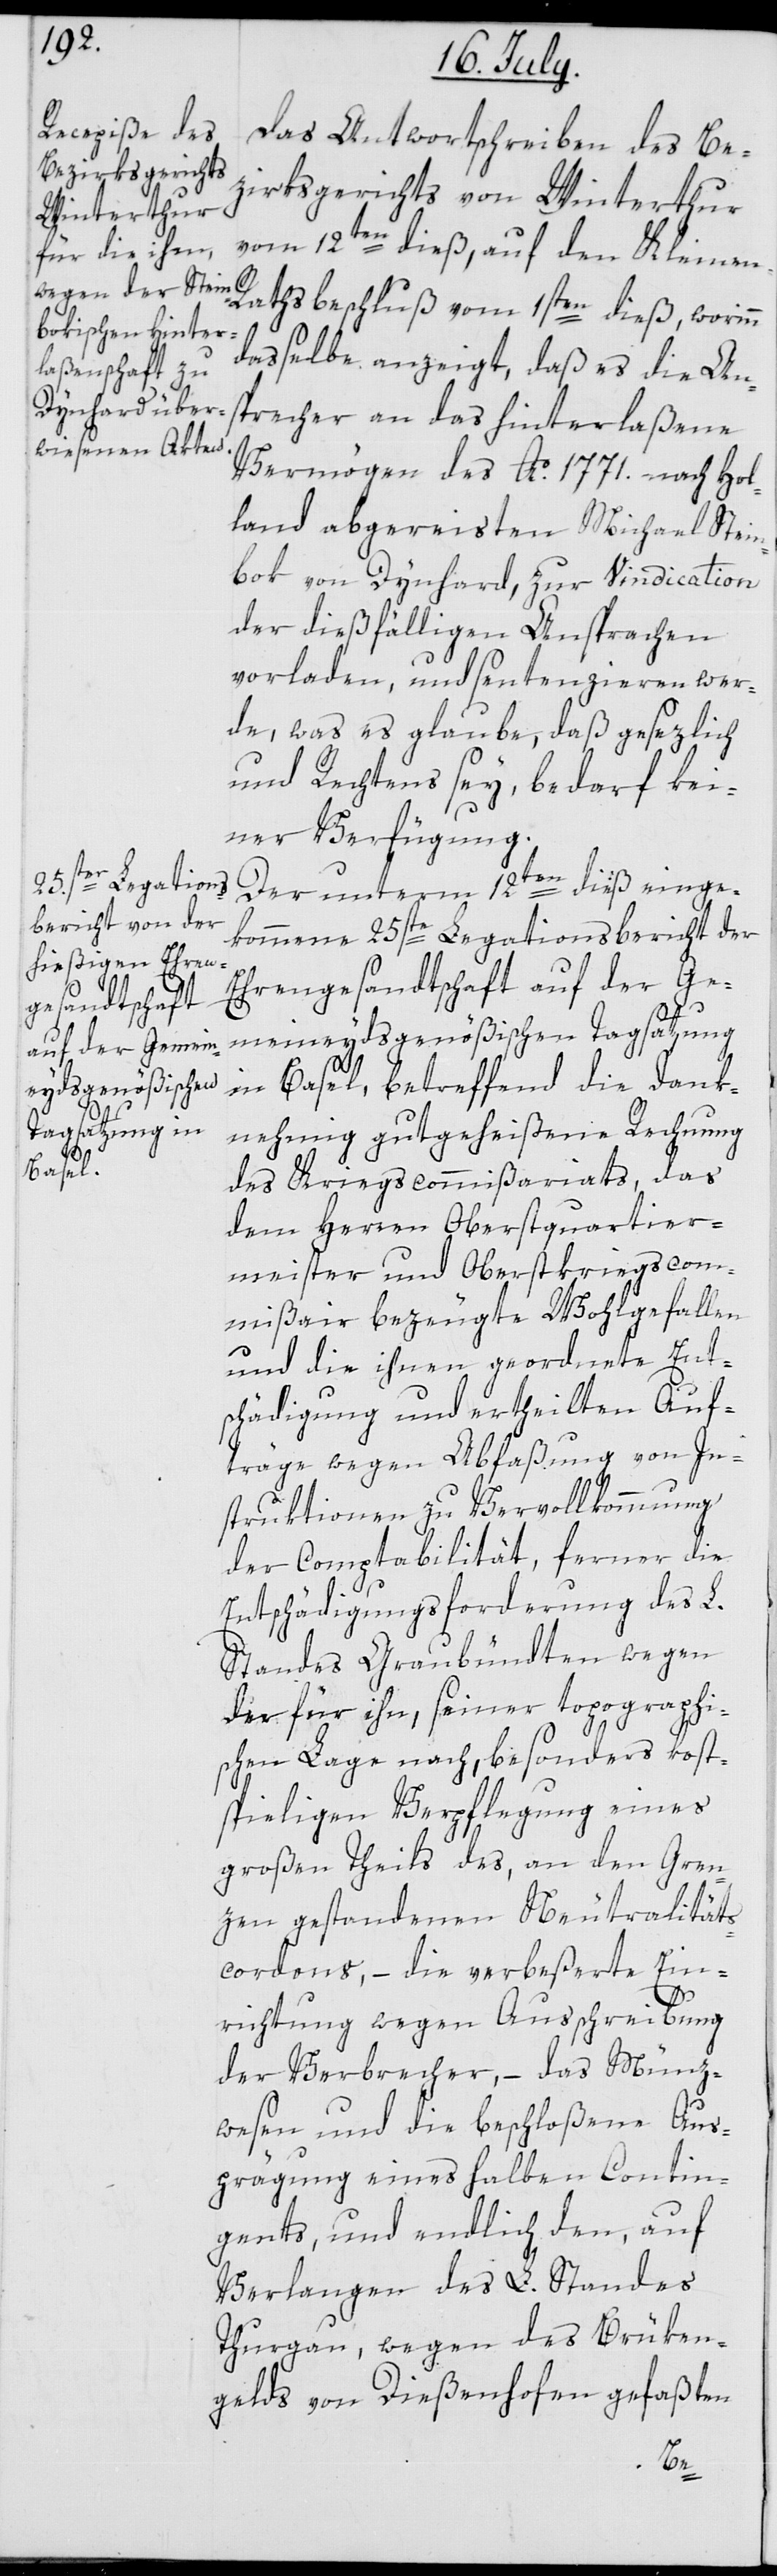
Das Antwortschreiben des Be¬
zirksgerichts von Winterthur
vom 12ten dieß, auf den Kleine¬
n-Rathsbeschluß vom 1sten dieß, worinn
dasselbe anzeigt, daß es die An¬
sprecher an das hinterlaßene
Vermögen des Ao. 1771. nach Hol¬
land abgereisten Michael Stein¬
bok von Dynhard, zur Vindication
der dießfälligen Ansprachen
vorladen und sentenzieren wer¬
de, was es glaube, daß gesezlich
und Rechtens sey, bedarf kei¬
ner Verfügung.
Der unterm 12ten dieß einge¬
kommene 25ste Legationsbericht der
Ehrengesandtschaft auf der Ge¬
meineydsgenößischen Tagsatzung
in Basel, betreffend die dank¬
nehmig gutgeheißene Rechnung
des Kriegscommißariats, das
dem Herren Oberstquartier¬
meister und Oberstkriegscom¬
mißair bezeugte Wohlgefallen
und die ihnen geordnete Ent¬
schädigung und ertheilten Auf¬
träge wegen Abfaßung von In¬
struktionen zu Vervollkommnung
der Compatbilität, ferner die
Entschädigungsforderung des L.
Standes Graubündten wegen
der für ihn, seiner topographi¬
schen Lage nach, besonders kost¬
spieligen Verpflegung eines
großen Theils des, an den Gren¬
zen gestandenen Neutralitäts¬
cordons, – die verbeßerte Ein¬
richtung wegen Ausschreibung
der Verbrecher, – das Münz¬
wesen und die beschloßene Aus¬
prägung eines halben Contin¬
gents, und endlich den, auf
Verlangen des L. Standes
Thurgau, wegen des Brüken¬
gelds von Dießenhofen gefaßten